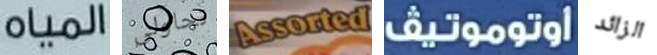
المياه تحاولى Assorted اوتوموتيف الزائد